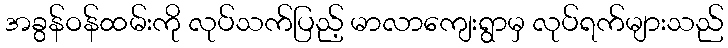
အခွန်ဝန်ထမ်းကို လုပ်သက်ပြည့် မာလာကျေးရွာမှ လုပ်ရက်များသည်